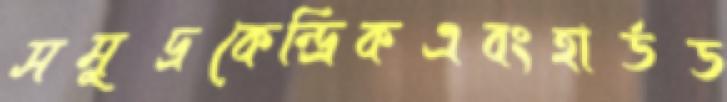
সমুদ্রকেন্দ্রিকএবংহার্ডড